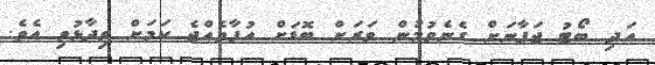
އަދި ބޯޓު ޖަޕާނަށް ގެނެވުމުން ވަރަށް ބޮޑަށް އުފާވެއްޖެ ކަމަށް ވިދާޅުވި އެވެ.